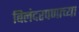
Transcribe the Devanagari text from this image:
बिलंदरपणाच्या